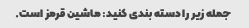
جمله زیر را دسته بندی کنید: ماشین قرمز است.